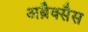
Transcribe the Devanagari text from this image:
अब्रैक्सैस